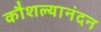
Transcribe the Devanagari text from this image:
कौशल्यानंदन